Medical and sanitary report on the native army of Bombay for the year
Year: 1878
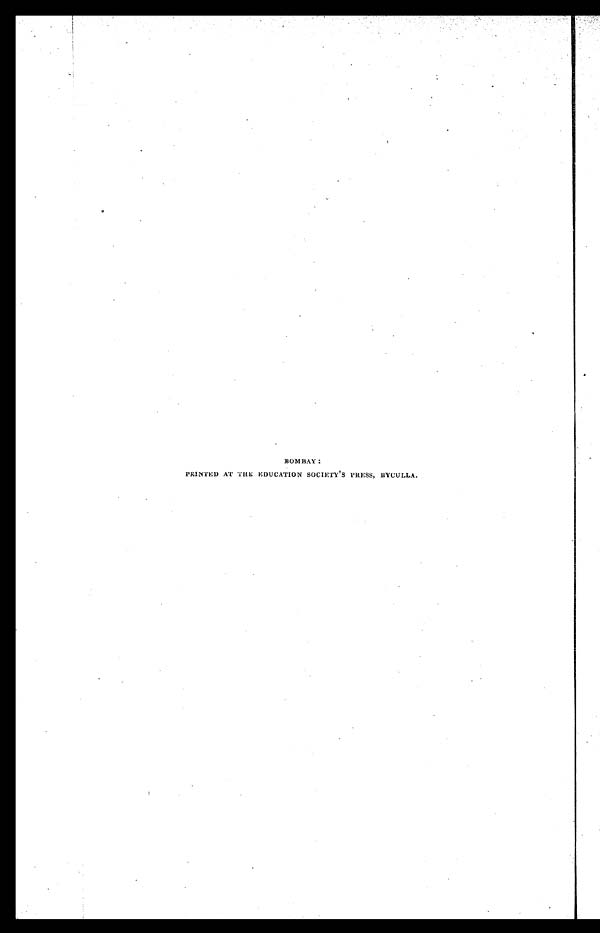
BOMBAY:
PRINTED AT THE EDUCATION SOCIETY ' S PRESS, BYCULLA.